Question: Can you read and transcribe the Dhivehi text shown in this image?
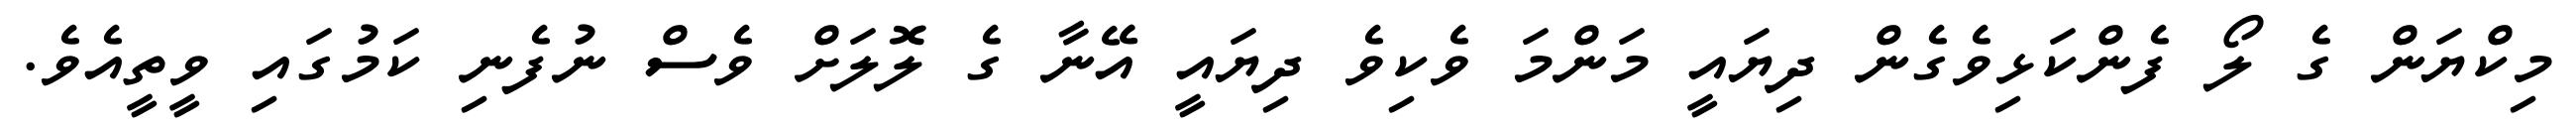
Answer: މިކްޔަން ގެ ލޯ ފެންކަޅިވެގެން ދިޔައީ މަންމަ ވެކިވެ ދިޔައީ އޭނާ ގެ ލޮލަށް ވެސް ނުފެނި ކަމުގައި ވީތީއެވެ.